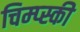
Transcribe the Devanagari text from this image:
चिम्प्स्की